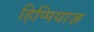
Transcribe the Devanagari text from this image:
हिप्पियाज़